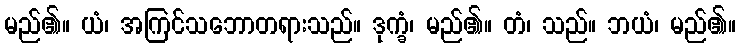
မည်၏။ ယံ၊ အကြင်သဘောတရားသည်။ ဒုက္ခံ၊ မည်၏။ တံ၊ သည်။ ဘယံ၊ မည်၏။